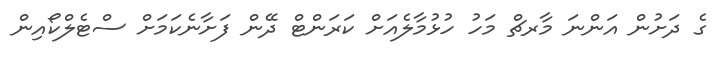
ގެ ދަށުން އަންނަ މާރޗް މަހު ހުޅުމާލެއަށް ކަރަންޓް ދޭން ފަށާނެކަމަށް ސްޓެލްކޯއިން